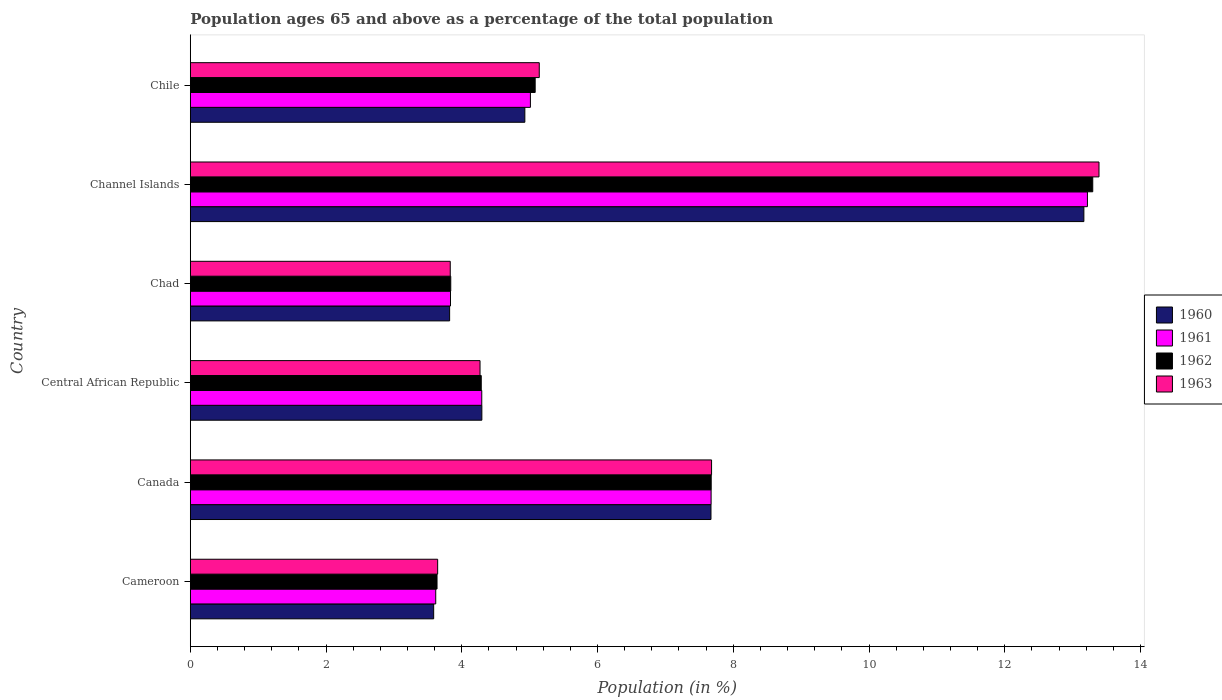
| Country | 1960 | 1961 | 1962 | 1963 |
 | --- | --- | --- | --- | --- |
 | Cameroon | 3.59 | 3.62 | 3.64 | 3.64 |
 | Canada | 7.67 | 7.67 | 7.68 | 7.68 |
 | Central African Republic | 4.3 | 4.29 | 4.29 | 4.27 |
 | Chad | 3.82 | 3.83 | 3.84 | 3.83 |
 | Channel Islands | 13.2 | 13.2 | 13.3 | 13.4 |
 | Chile | 4.93 | 5.01 | 5.08 | 5.14 |